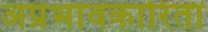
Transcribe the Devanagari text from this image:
अप्रभावकारिता